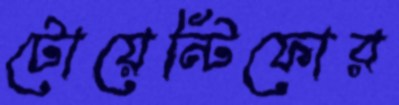
টোয়েন্টিফোর